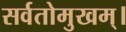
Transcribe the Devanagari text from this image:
सर्वतोमुखम्।